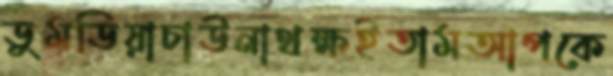
ডুমডিয়াচাউনাথক্ষইতামআপকে